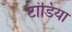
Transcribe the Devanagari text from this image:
टांडिया